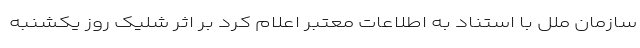
سازمان ملل با استناد به اطلاعات معتبر اعلام کرد بر اثر شلیک روز یکشنبه